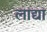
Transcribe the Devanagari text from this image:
लाद्या